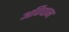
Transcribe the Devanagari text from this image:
अविधान